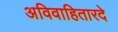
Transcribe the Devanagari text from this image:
अविवाहितारदे